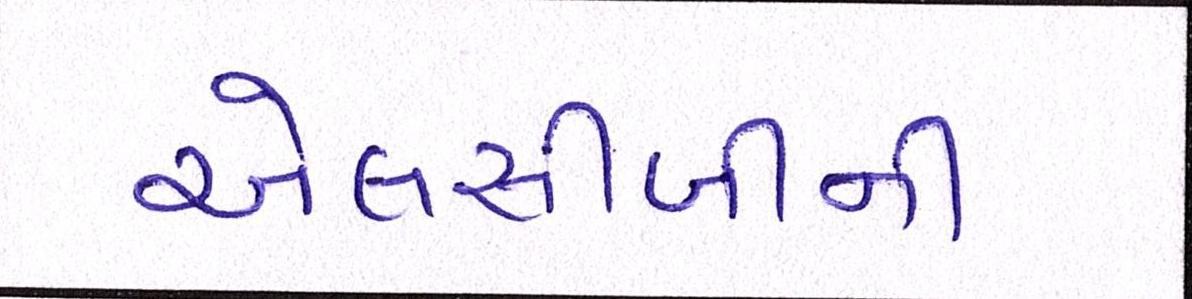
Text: એલસીબીની